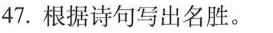
47.根据诗句写出名胜。